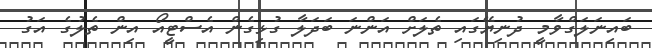
ބައިނަލަގްވާމީ ދުނިޔޭގައި ތެލަށް އަންނަ ބަދަލާ ގުޅިގެން އެސްޓީއޯ އިން ތެލުގެ އަގު